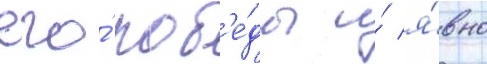
его́ поб'е́ды и́ я́вно